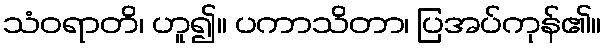
သံဝရာတိ၊ ဟူ၍။ ပကာသိတာ၊ ပြအပ်ကုန်၏။